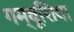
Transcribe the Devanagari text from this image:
गम्बूशिया